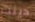
دينت